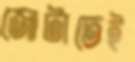
জোটাতেই